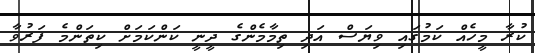
ކުރާ މީހެއް ކަމުގައި ވިޔަސް އަދި ތިމާމެންގެ ދީނީ ކަންކަމަށް ކިތަންމެ ފަރުވާ